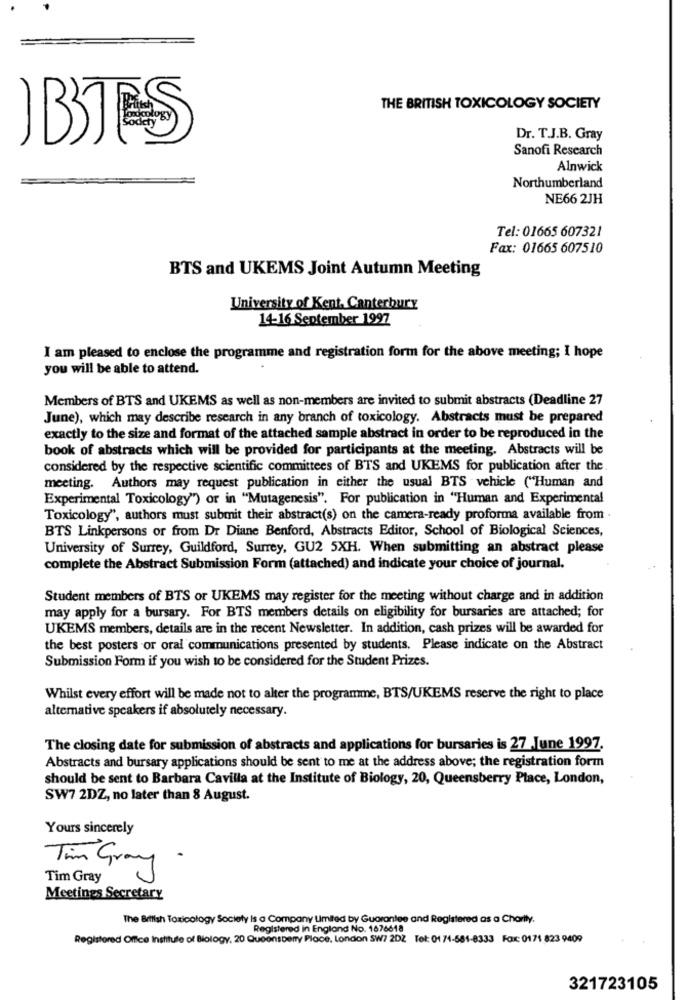
THE BRITISH TOXICOLOGY SOCIETY
Dr. T.J.B. Gray
Sanofi Research
Alnwick
Northumberland
NE66 2JH
Tel: 01665 607321
Fax: 01665 607510
BTS and UKEMS Joint Autumn Meeting
University of Kent. Canterbury
14-16 September 1997
I am pleased to enclose the programme and registration form for the above meeting; I hope
you will be able to attend.
Members of BTS and UKEMS as well as non-members are invited to submit abstracts (Deadline 27
June), which may describe research in any branch of toxicology. Abstracts must be prepared
exactly to the size and format of the attached sample abstract in order to be reproduced in the
book of abstracts which will be provided for participants at the meeting. Abstracts will be
considered by the respective scientific committees of BTS and UKEMS for publication after the
meeting. Authors may request publication in either the usual BTS vehicle ("Human and
Experimental Toxicology") or in "Mutagenesis". For publication in "Human and Experimental
Toxicology", authors must submit their abstract(s) on the camera-ready proforma available from .
BTS Linkpersons or from Dr Diane Benford, Abstracts Editor, School of Biological Sciences,
University of Surrey, Guildford, Surrey, GU2 5XH. When submitting an abstract please
complete the Abstract Submission Form (attached) and indicate your choice of journal.
Student members of BTS or UKEMS may register for the meeting without charge and in addition
may apply for a bursary. For BTS members details on eligibility for bursaries are attached; for
UKEMS members, details are in the recent Newsletter. In addition, cash prizes will be awarded for
the best posters or oral communications presented by students. Please indicate on the Abstract
Submission Form if you wish to be considered for the Student Prizes.
Whilst every effort will be made not to alter the programme, BTS/UKEMS reserve the right to place
alternative speakers if absolutely necessary.
The closing date for submission of abstracts and applications for bursaries is 27 June 1997.
Abstracts and bursary applications should be sent to me at the address above; the registration form
should be sent to Barbara Cavilla at the Institute of Biology, 20, Queensberry Place, London,
SW7 2DZ, no later than 8 August.
Yours sincerely
Tim Grany .
Tim Gray
Meetings Secretary
The British Toxicology Society Is o Company Limited by Guarantee and Registered as a Charity.
Registered in England No. 1676618
Registered Office Institute of Biology, 20 Queensberry Place, London SW7 2D2 Tel: 01 74-581-8333 Fax: 0171 823 9409
321723105